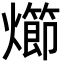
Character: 㸅